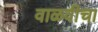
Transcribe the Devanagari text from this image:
वाळवीचा